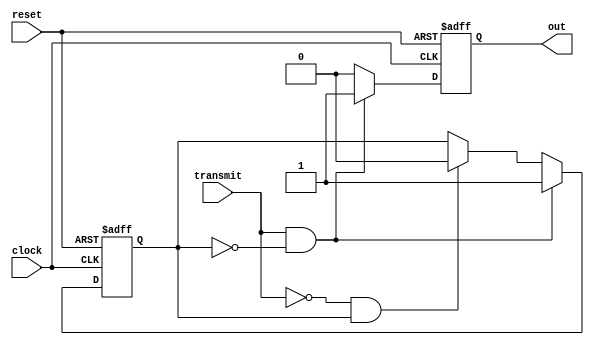
module RegisterTransmit(out, transmit, clock, reset);
	input transmit, clock, reset;
	output reg out;

	reg state;
	always @(posedge clock or posedge reset) begin
		if (reset) begin
			out <= 0;
			state <= 0;
		end else if (transmit && state == 0) begin
			out <= 1;
			state <= 1;
		end else if (~transmit && state == 1) begin
			out <= 0;
			state <= 0;
		end else begin
			out <= 0;
			state <= state;
		end
	end
endmodule